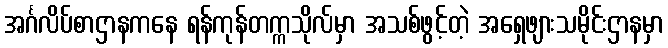
အင်္ဂလိပ်စာဌာနကနေ ရန်ကုန်တက္ကသိုလ်မှာ အသစ်ဖွင့်တဲ့ အရှေဖျားသမိုင်းဌာနမှာ